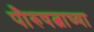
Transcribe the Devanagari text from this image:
पौरुषत्वाच्या